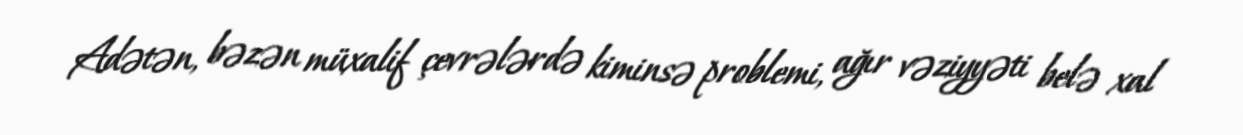
Adətən, bəzən müxalif çevrələrdə kiminsə problemi, ağır vəziyyəti belə xal